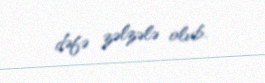
dəfə zəlzələ olub.